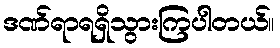
ဒဏ်ရာရရှိသွားကြပါတယ်။